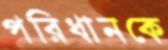
পরিধানকে